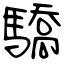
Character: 驕